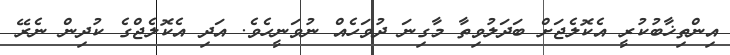
އިންތިޚާބުކުރީ އެކޮލެޖަށް ބަދަލުވިތާ މާގިނަ ދުވަހެއް ނުވަނީހެވެ. އަދި އެކޮލެޖްގެ ކުދިން ނެރޭ